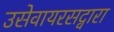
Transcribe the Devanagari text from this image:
उसेवायरसद्वारा